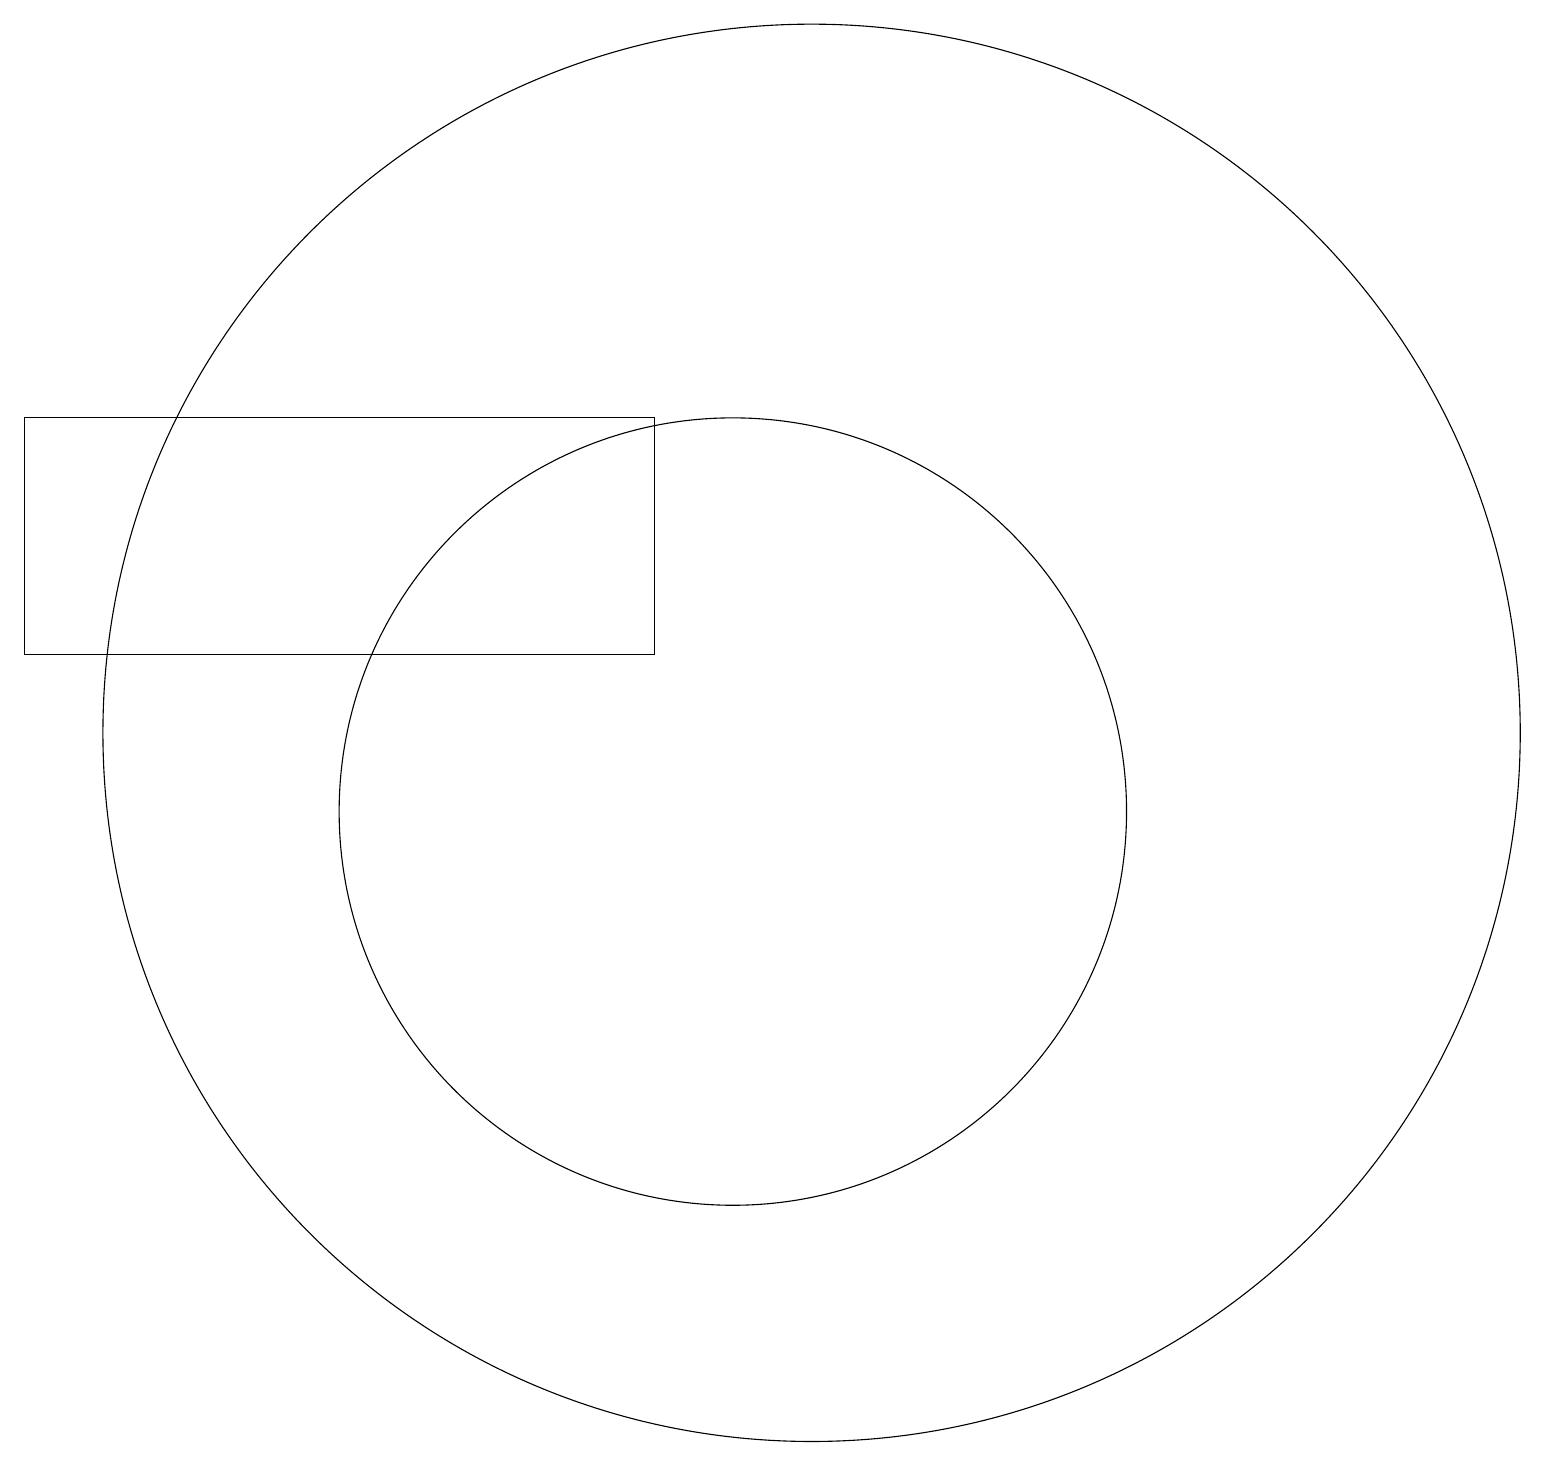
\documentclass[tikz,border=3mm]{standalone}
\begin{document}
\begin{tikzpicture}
\draw (11,11) circle (9);
\draw (9,12) rectangle (1,15);
\draw (10,10) circle (5);
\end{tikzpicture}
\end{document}